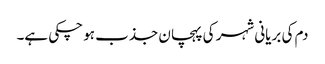
دم کی بریانی شہر کی پہچان جذب ہو چکی ہے۔